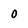
Character: 0